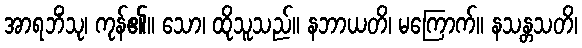
အာရဘိံသု၊ ကုန်၏။ သော၊ ထိုသူသည်။ နဘာယတိ၊ မကြောက်။ နသန္တသတိ၊